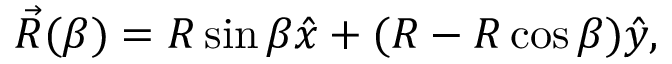
\vec { R } ( \beta ) = R \sin \beta \hat { x } + ( R - R \cos \beta ) \hat { y } ,